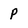
Character: p